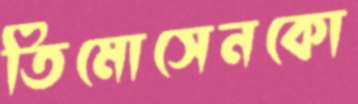
তিমোসেনকো